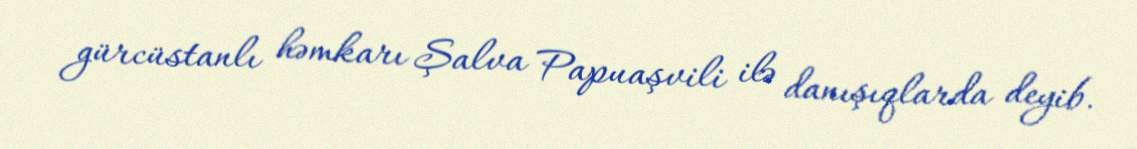
gürcüstanlı həmkarı Şalva Papuaşvili ilə danışıqlarda deyib.